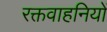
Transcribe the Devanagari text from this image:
रक्तवाहनियों